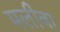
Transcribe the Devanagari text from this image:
मलीवा